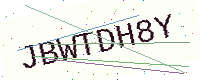
Text: JBWTDH8Y